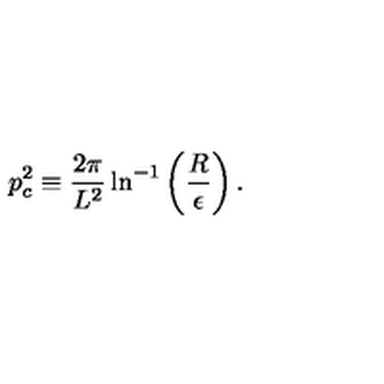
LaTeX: p _ { c } ^ { 2 } \equiv { \frac { 2 \pi } { L ^ { 2 } } } \ln ^ { - 1 } \left( \frac { R } { \epsilon } \right) .